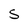
Character: S